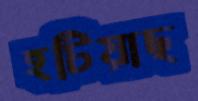
হটিয়াছ